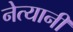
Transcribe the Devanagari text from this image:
नेत्यानी